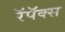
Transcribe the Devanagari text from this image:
रॅपॅक्स